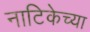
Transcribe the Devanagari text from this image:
नाटिकेच्या